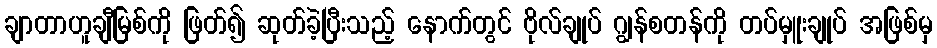
ချာတာဟူချီမြစ်ကို ဖြတ်၍ ဆုတ်ခဲ့ပြီးသည့် နောက်တွင် ဗိုလ်ချုပ် ဂျွန်စတန်ကို တပ်မှူးချုပ် အဖြစ်မှ